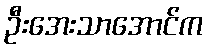
ဦးအေးသာအောင်က